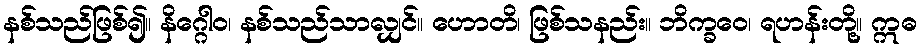
နစ်သည်ဖြစ်၍။ နိဂ္ဂေါဝ၊ နစ်သည်သာလျှင်။ ဟောတိ၊ ဖြစ်သနည်း။ ဘိက္ခဝေ၊ ရဟန်းတို့။ ဣဓ